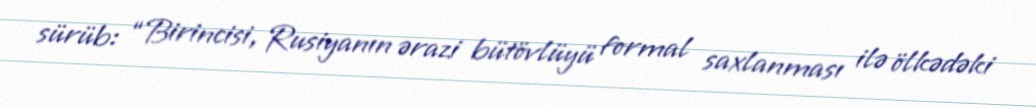
sürüb: “Birincisi, Rusiyanın ərazi bütövlüyü formal saxlanması ilə ölkədəki